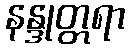
နန္ဒုတ္တရာ